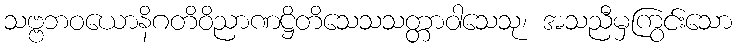
သဗ္ဗဘဝယောနိဂတိဝိညာဏဋ္ဌိတိသေသသတ္တာဝါသေသု၊ အသညီမှကြွင်းသော